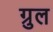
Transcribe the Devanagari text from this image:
ग्रुल